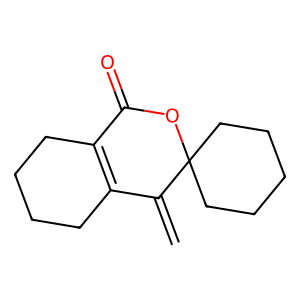
SMILES: C=C1C2=C(CCCC2)C(=O)OC12CCCCC2
Inhibits HIV replication: No